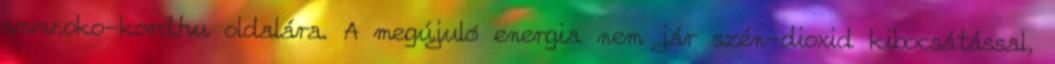
www.oko-kord.hu oldalára. A megújuló energia nem jár szén-dioxid kibocsátással,